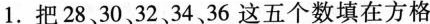
1.把 28、30、32、34、36这五个数填在方格